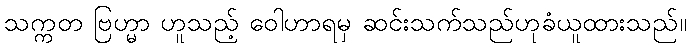
သက္ကတ ဗြဟ္မာ ဟူသည့် ဝေါဟာရမှ ဆင်းသက်သည်ဟုခံယူထားသည်။